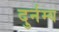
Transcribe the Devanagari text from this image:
दुर्नम्य